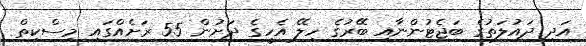
އަދި ދައުލަތުގެ ބަޖެޓުންނާއި ބޭރުގެ ހިލޭ އެހީގެ ދަށުން 55 ރަށެއްގައި މިސްކިތް